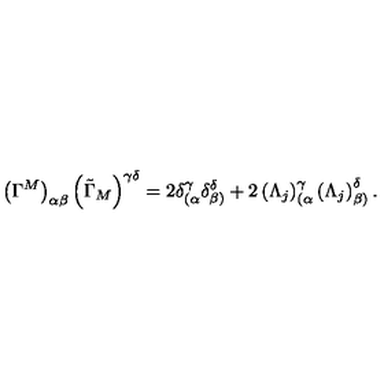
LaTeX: \left( \Gamma ^ { M } \right) _ { \alpha \beta } \left( \tilde { \Gamma } _ { M } \right) ^ { \gamma \delta } = 2 \delta _ { ( \alpha } ^ { \gamma } \delta _ { \beta ) } ^ { \delta } + 2 \left( \Lambda _ { j } \right) _ { ( \alpha } ^ { \gamma } \left( \Lambda _ { j } \right) _ { \beta ) } ^ { \delta } .